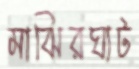
মাঝিরঘাট